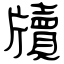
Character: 牘